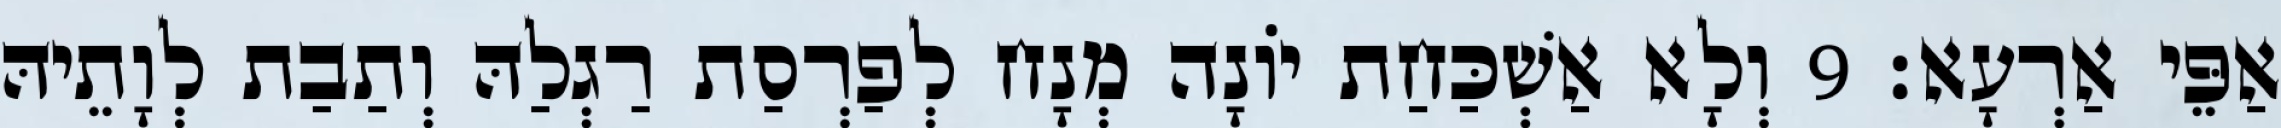
אַפֵּי אַרְעָא׃ 9 וְלָא אַשְׁכַּחַת יוֹנָה מְנָח לְפַרְסַת רַגְלַהּ וְתַבַת לְוָתֵיהּ